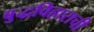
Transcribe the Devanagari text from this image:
बुद्धविहाराची